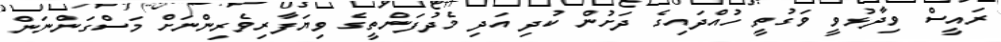
ރައީސް ވިދާޅުވީ ވަގުތީ ހުއްދައިގެ ދަށުން ކުދި އަދި މެދުފަންތީގެ ވިޔަފާރިވެރިންނަށް މަސްގަންނަން